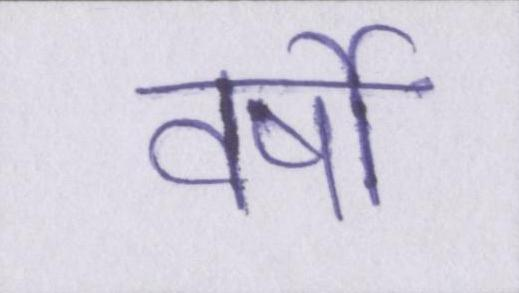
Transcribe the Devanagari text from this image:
वर्षो